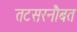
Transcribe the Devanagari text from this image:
तटसरनौबत